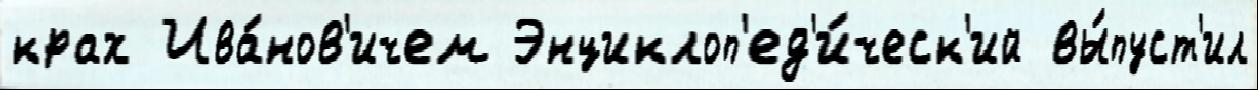
крах Ива́нов'ичем Энциклоп'ед'и́ческ'ий вы́пуст'ил